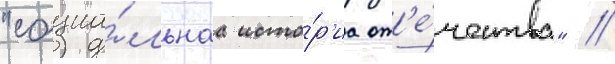
"социа́льнаа исто́р'иа от'е́чества" //